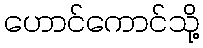
ဟောင်ကောင်သို့